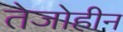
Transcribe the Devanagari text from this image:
तेजोहीन